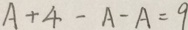
A + 4 - A - A = 9